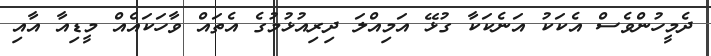
ދެމީހުންވެސް އެކަކު އަނެކަކާ ގުޅޭ އަމިއްލަ ދިރިއުޅުމުގެ އެތައް ވާހަކައެއް މީޑިއާ އާއި